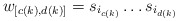
\begin{align*}w_{[c(k),d(k)]} = s_{i_{c(k)}} \ldots s_{i_{d(k)}}\end{align*}